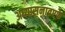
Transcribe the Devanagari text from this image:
अध्यासनातएफे